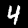
Digit: 4